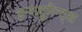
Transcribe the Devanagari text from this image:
इन्सट्रुमैन्ट्स